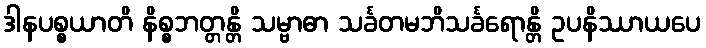
ဒါနပစ္စယာတိ နိစ္စဘတ္တန္တိ သမ္ဗာဓာ သင်္ခတမဘိသင်္ခရောန္တိ ဥပနိဿာယပေ